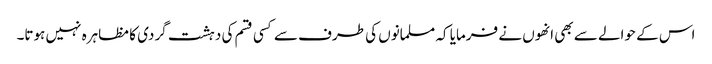
اس کے حوالے سے بھی انھوں نے فرمایا کہ مسلمانوں کی طرف سے کسی قسم کی دہشت گردی کا مظاہرہ نہیں ہوتا۔